Leaving Certificate Examination, 1911
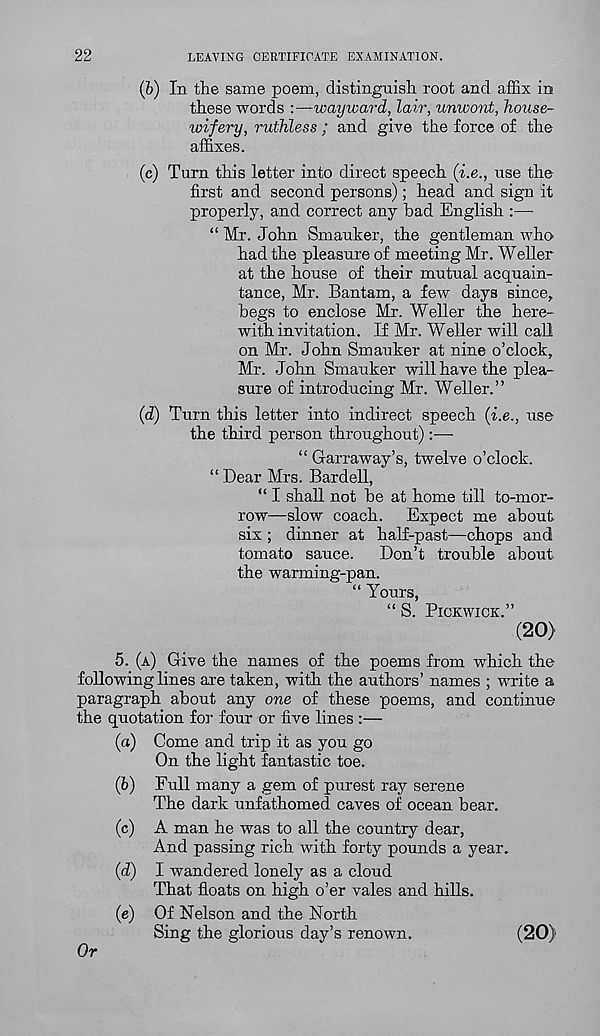
22
LEAVING CERTIFICATE EXAMINATION.
(b) In the same poem, distinguish root and affix in
these words :—wayward, lair, unwont, house-
wifery, ruthless; and give the force of the
affixes.
(c) Turn this letter into direct speech (i.e., use the
first and second persons); head and sign it
properly, and correct any bad English :—
“ Mr. John Smauker, the gentleman who
had the pleasure of meeting Mr. Weller
at the house of their mutual acquain-
tance, Mr. Bantam, a few days since,
begs to enclose Mr. Weller the here-
with invitation. If Mr. Weller will call
on Mr. John Smauker at nine o’clock,
Mr. John Smauker will have the plea-
sure of introducing Mr. Weller.”
(d) Turn this letter into indirect speech (i.e., use
the third person throughout):—
“ Garraway’s, twelve o’clock.
“ Dear Mrs. Bardell,
“ I shall not be at home till to-mor-
row—slow coach. Expect me about
six ; dinner at half-past—chops and
tomato sauce. Don’t trouble about
the warming-pan.
“ Yours,
“ S. PICKWICK.”
(20)
5. (A) Give the names of the poems from which the
following lines are taken, with the authors’ names ; write a
paragraph about any one of these poems, and continue
the quotation for four or five lines :—
(a) Come and trip it as you go
On the light fantastic toe.
(b) Full many a gem of purest ray serene
The dark unfathomed caves of ocean bear.
(c) A man he was to all the country dear,
And passing rich with forty pounds a year.
(d) I wandered lonely as a cloud
That floats on high o’er vales and hills.
(e) Of Nelson and the North
Sing the glorious day’s renown.
(20)
Or